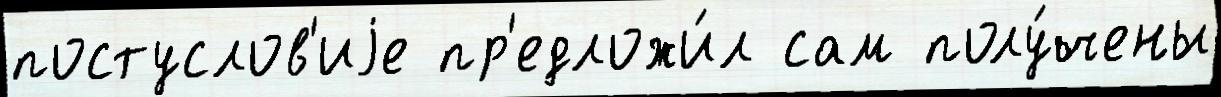
постуслов'иjе пр'едложи́л сам полу́чены